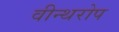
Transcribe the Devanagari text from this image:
वीन्थरोप